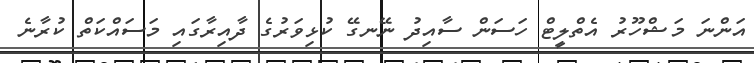
އަންނަ މަޝްހޫރު އެތްލީޓް ހަސަން ސާއިދު ނޭނގޭ ކުޅިވަރުގެ ދާއިރާގައި މަސައްކަތް ކުރާނެ